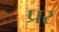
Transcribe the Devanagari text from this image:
प्रर